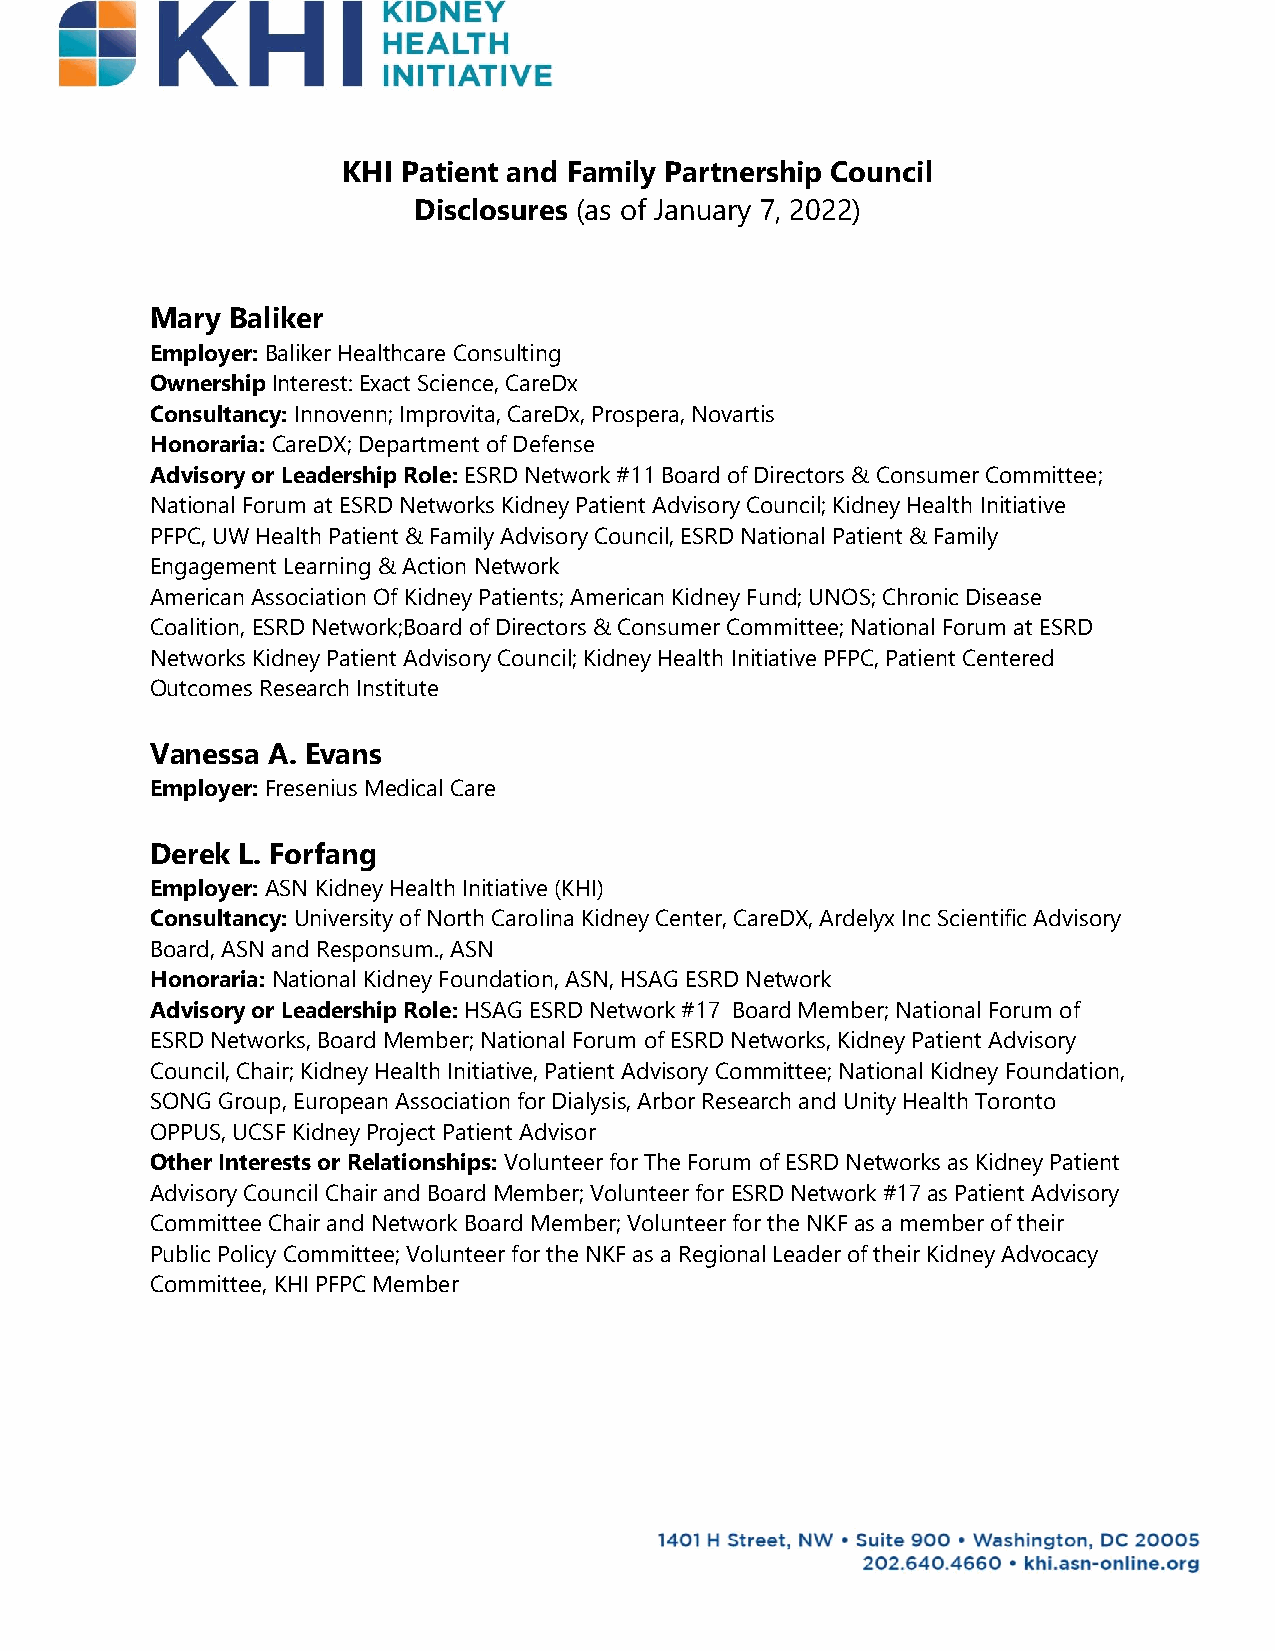
KHI Patient and Family Partnership Council
 Disclosures (as of January 7, 2022)
 Mary Baliker
 Employer: Baliker Healthcare Consulting
 Ownership Interest: Exact Science, CareDx
 Consultancy: Innovenn; Improvita, CareDx, Prospera, Novartis
 Honoraria: CareDX; Department of Defense
 Advisory or Leadership Role: ESRD Network #11 Board of Directors & Consumer Committee;
 National Forum at ESRD Networks Kidney Patient Advisory Council; Kidney Health Initiative
 PFPC, UW Health Patient & Family Advisory Council, ESRD National Patient & Family
 Engagement Learning & Action Network
 American Association Of Kidney Patients; American Kidney Fund; UNOS; Chronic Disease
 Coalition, ESRD Network;Board of Directors & Consumer Committee; National Forum at ESRD
 Networks Kidney Patient Advisory Council; Kidney Health Initiative PFPC, Patient Centered
 Outcomes Research Institute
 Vanessa A. Evans
 Employer: Fresenius Medical Care
 Derek L. Forfang
 Employer: ASN Kidney Health Initiative (KHI)
 Consultancy: University of North Carolina Kidney Center, CareDX, Ardelyx Inc Scientific Advisory
 Board, ASN and Responsum., ASN
 Honoraria: National Kidney Foundation, ASN, HSAG ESRD Network
 Advisory or Leadership Role: HSAG ESRD Network #17 Board Member; National Forum of
 ESRD Networks, Board Member; National Forum of ESRD Networks, Kidney Patient Advisory
 Council, Chair; Kidney Health Initiative, Patient Advisory Committee; National Kidney Foundation,
 SONG Group, European Association for Dialysis, Arbor Research and Unity Health Toronto
 OPPUS, UCSF Kidney Project Patient Advisor
 Other Interests or Relationships: Volunteer for The Forum of ESRD Networks as Kidney Patient
 Advisory Council Chair and Board Member; Volunteer for ESRD Network #17 as Patient Advisory
 Committee Chair and Network Board Member; Volunteer for the NKF as a member of their
 Public Policy Committee; Volunteer for the NKF as a Regional Leader of their Kidney Advocacy
 Committee, KHI PFPC Member